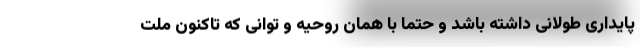
پایداری طولانی داشته باشد و حتما با همان روحیه و توانی که تاکنون ملت